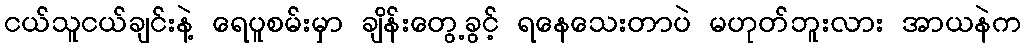
ငယ်သူငယ်ချင်းနဲ့ ရေပူစမ်းမှာ ချိန်းတွေ့ခွင့် ရနေသေးတာပဲ မဟုတ်ဘူးလား အာယနဲက